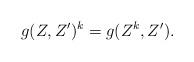
LaTeX: \begin{align*}g(Z,Z')^k = g(Z^k,Z').\end{align*}